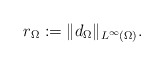
\begin{align*}r_\Omega:=\|d_\Omega\|_{L^\infty(\Omega)}. \end{align*}